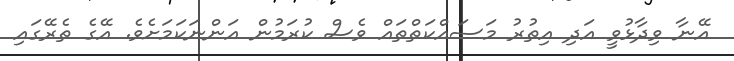
އޭނާ ވިދާޅުވީ އަދި އިތުރު މަސައްކަތްތައް ވެސް ކުރަމުން އަންނަކަމަށެވެ. އޭގެ ތެރޭގައި